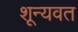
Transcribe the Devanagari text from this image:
शून्यवत